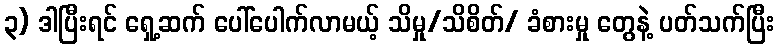
၃) ဒါပြီးရင် ရှေ့ဆက် ပေါ်ပေါက်လာမယ့် သိမှု/သိစိတ်/ ခံစားမှု တွေနဲ့ ပတ်သက်ပြီး